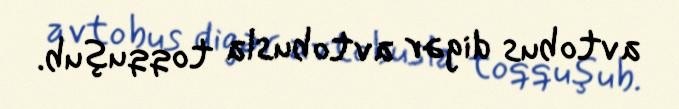
avtobus digər avtobusla toqquşub.